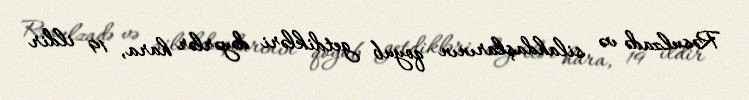
Rəsulzadə və silahdaşlarının qoyub getdikləri dəyərlər hara, 19 ildir